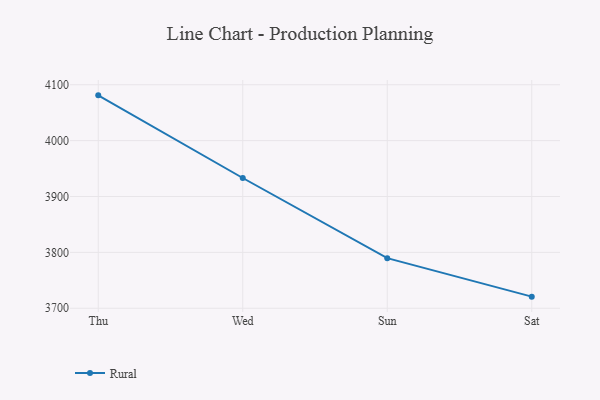
{"axis": {"x": "Day", "y": "Active Users"}, "legend": ["Rural"], "data": [{"x": "Thu", "y": 4081.0, "type": "Rural"}, {"x": "Wed", "y": 3933.1, "type": "Rural"}, {"x": "Sun", "y": 3789.7, "type": "Rural"}, {"x": "Sat", "y": 3720.8, "type": "Rural"}]}